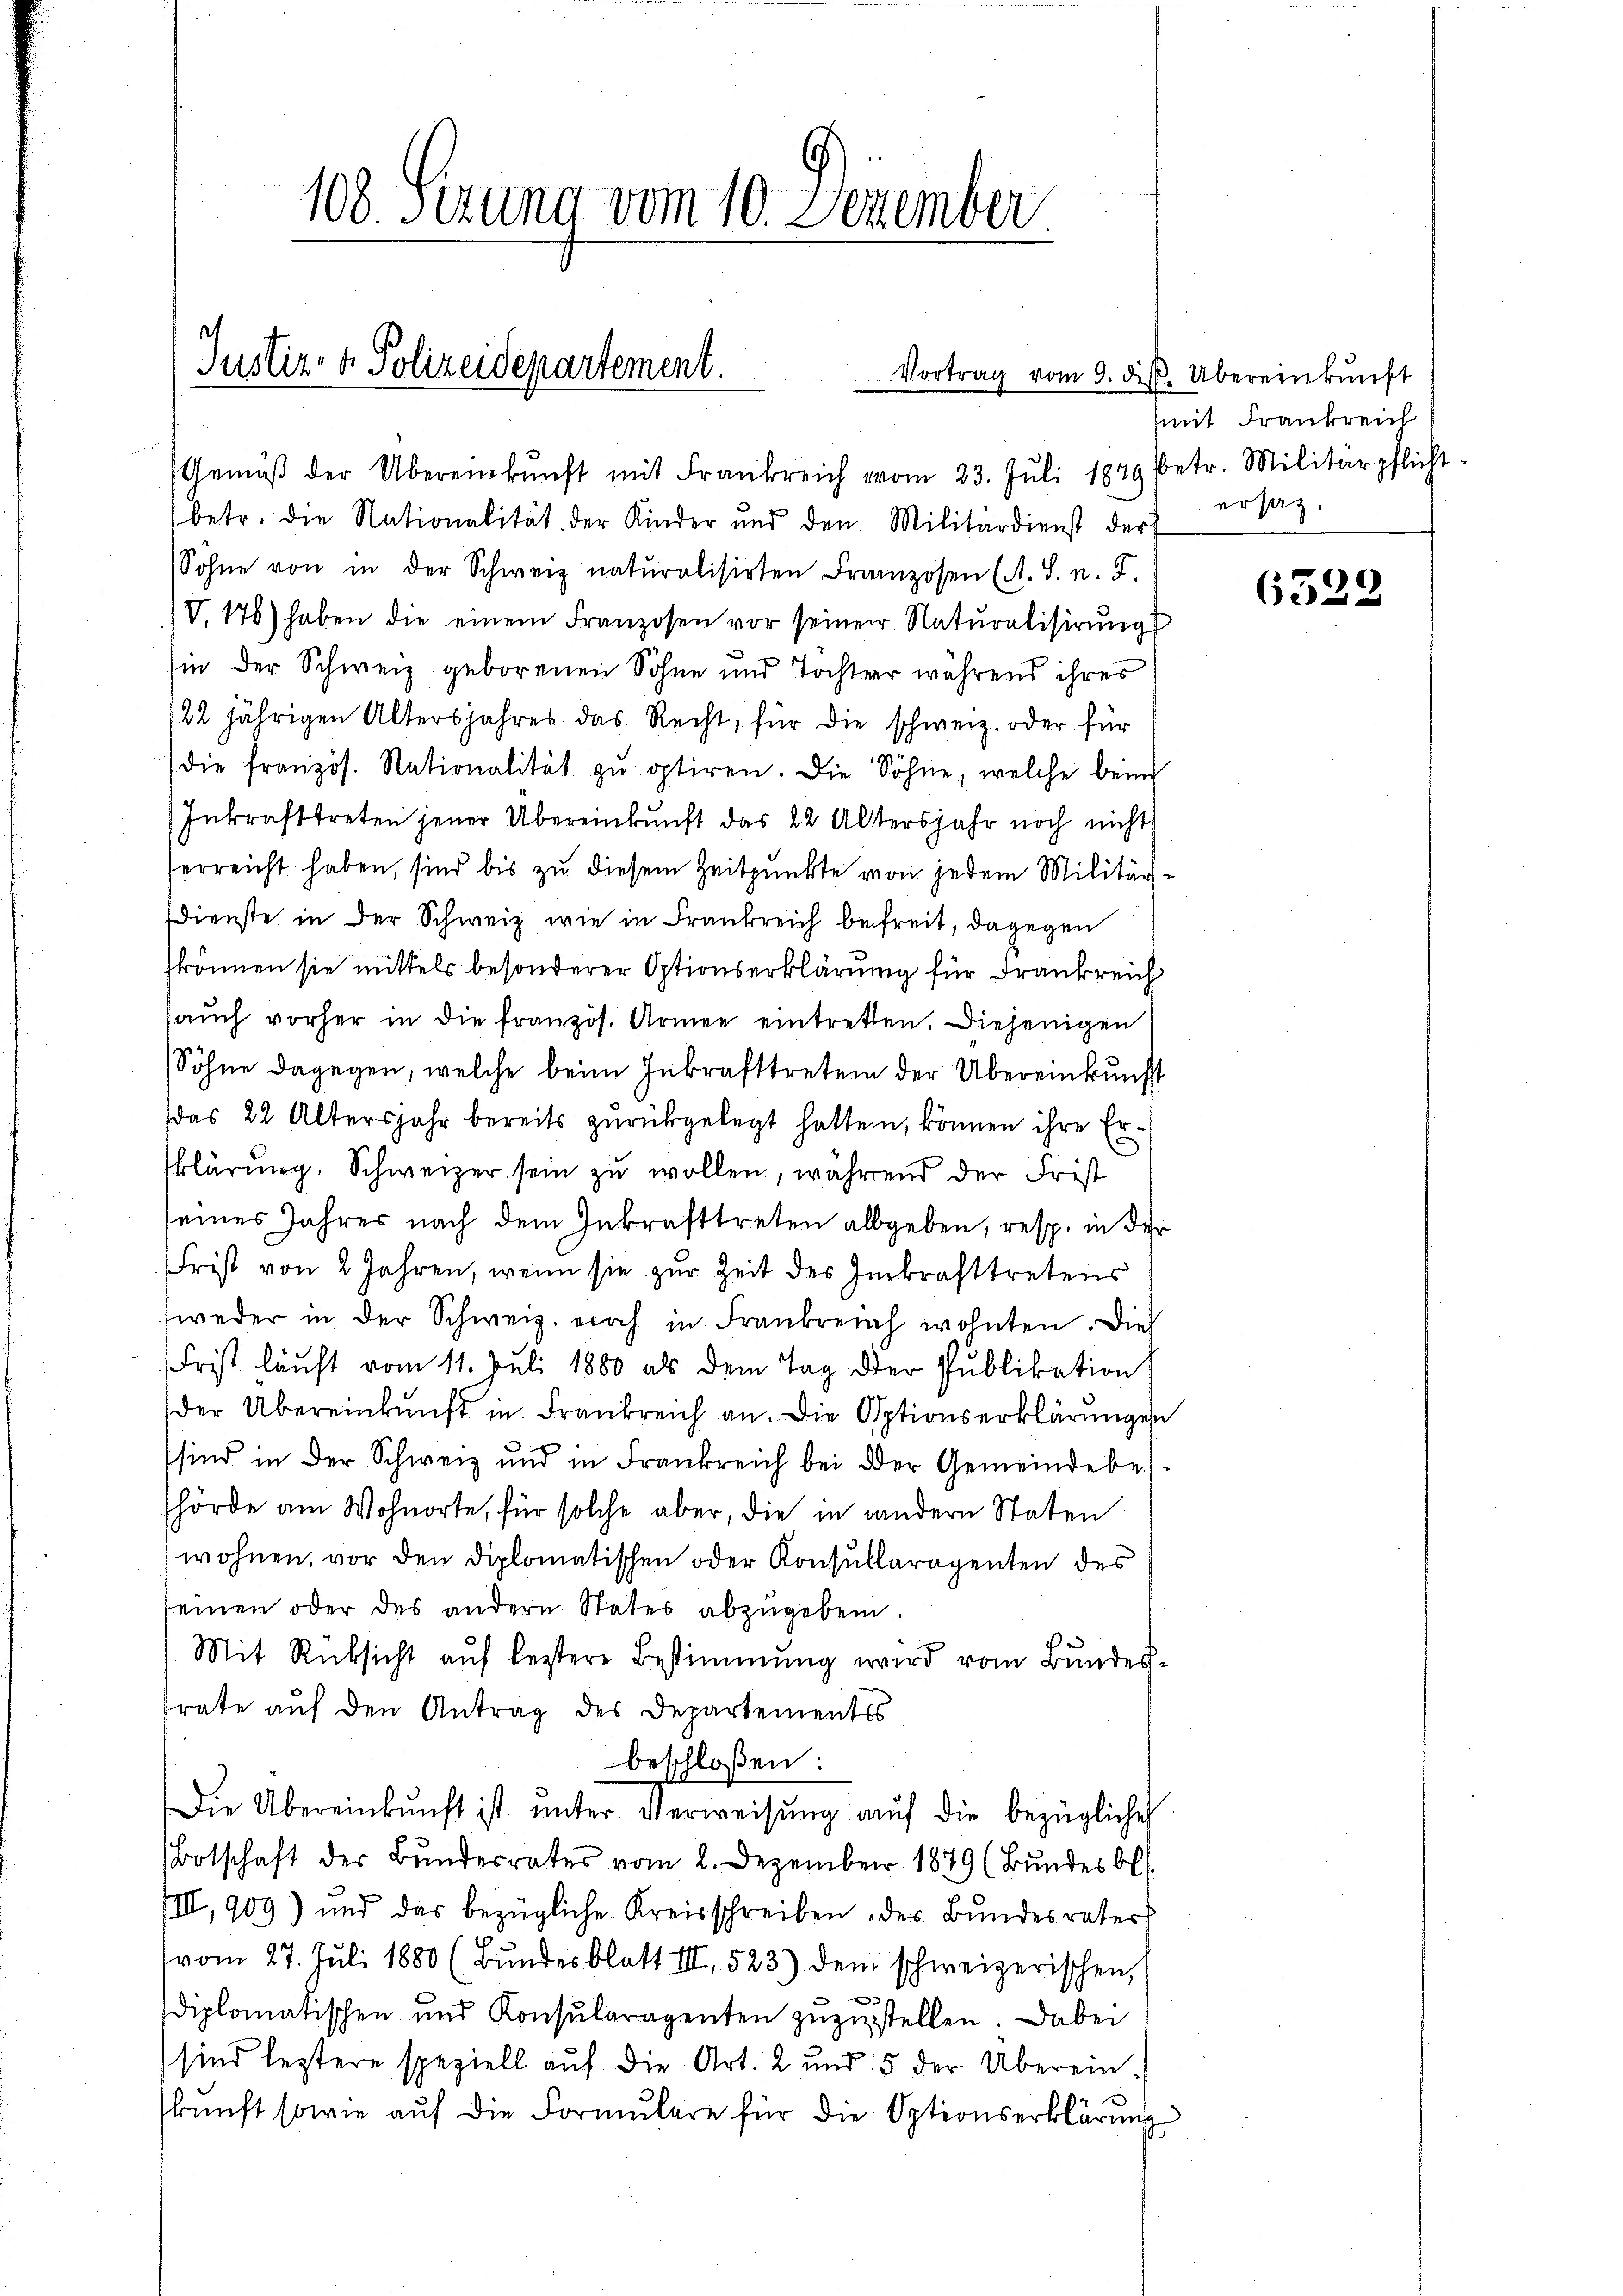
d

108. Sezung vom 10. Dezember

Justiz- & Polizeidepartement.

n
Gemäβ der Übereinkunft mit Frankreich vom 23. Jŭli 1849 betr. Militärpflicht-
betr. die Nationalität der Kinder und den Militärdienst der
Söhne von in der Schweiz naturalisirten Franzosen (A. S. n. F.
V.175) haben die einem Franzosen vor seiner Naturalisirungs
hin der Schweiz geborenen Sohne und Tochter während ihres
122 jährigen Altersjahres das Recht, für die schweiz. oder für
die französ. Nationalität zŭ optiren. Die Söhne, welche beim
Inkrafttreten jener Übereinkunft das 22 Altersjahr noch nicht
serreicht haben, sind bis zu diesem Zeitpunkte von jedem Militärdienste in der Schweiz wie in Frankreich befreit, dagegen
fkönnen sie mittels besonderer Optionserklärung für Drankreich
auch vorher in die französ. Armee eintretten. Diejenigen
Söhne dagegen, welche beim Inkrafttreten der Übereinkunft
das 22 Altersjahr bereits zurückgelegt hatten, können ihre Erklärung, Schweizer sein zu wollen, während der Frist
seines Jahres nach dem Inkrafttreten allgeben, resp. in der
Frist von 2 Jahren, wenn sie zŭr Zeit des Inkrafttretens
weder in der Schweiz. noch in Frankreich wohnten. Die
Frist läuft vom 11. Juli 1880 als dem Tag der Publikation
der Übereinkunft in Frankreich an. Die Optionserklärungen
sind in der Schweiz und in Frankreich bei der Gemeindebe-
hörde am Wohnorte, für solche aber, die in andern Staten
wohnen, vor den diplomatischen oder Konsullarogenten des
seinen oder des andern States abzugeben.
Mit Rücksicht aŭf leztere Bestimmung wird vom Bundes-
rate auf den Antrag des Departements
beschloßen:
Die Übereinkunft ist ŭnter Verweisŭng auf die bezügliche
Botschaft der Bundesrates vom 2. Dezember 1849 (Bundes bl
III, 909) und das bezügliche Kreisschreiben des Bundesrater
vom 27. Juli 1880 (Bundesblatt III 523) dem schweizerischen,
sdiplomatischen und Konsŭlaragenten zŭzŭstellen. Dabei
sind leztere speziell auf die Art. 2 und 5 der Übereinskŭnft sowie aŭf die Formŭlare für die Optionserklärung

Vortrag vom 9. diβ. Übereinkunft
(mit Frankreich
ersatz.

6529